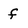
Character: f